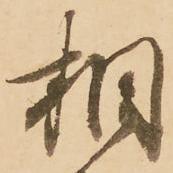
相